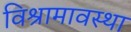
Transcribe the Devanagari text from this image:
विश्रामावस्था